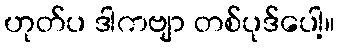
ဟုတ်ပ ဒါကဗျာ တစ်ပုဒ်ပေါ့။